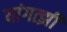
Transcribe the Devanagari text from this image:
यांगत्झी